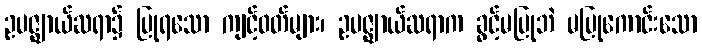
ဥပဇ္ဈာယ်ဆရာ၌ ပြုရသော ကျင့်ဝတ်များ၊ ဥပဇ္ဈာယ်ဆရာက ခွင့်မပြုဘဲ မပြုကောင်းသော